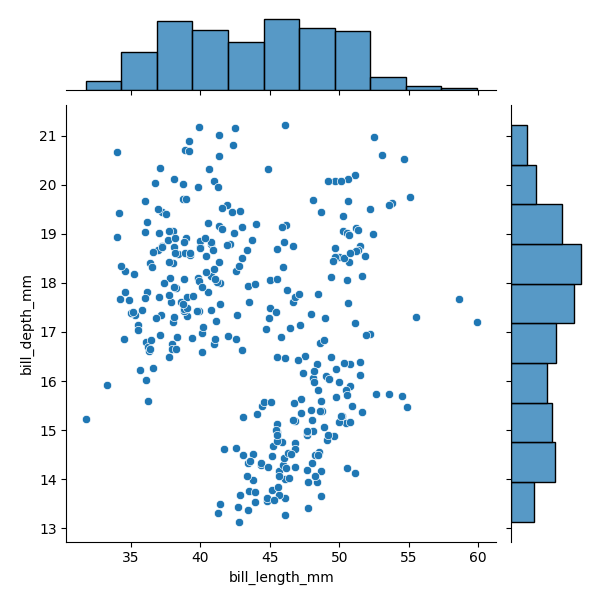
python, seaborn, JointGrid, scatterplot, histplot